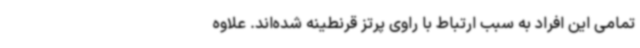
تمامی این افراد به سبب ارتباط با راوی پرتز قرنطینه شده‌اند. علاوه